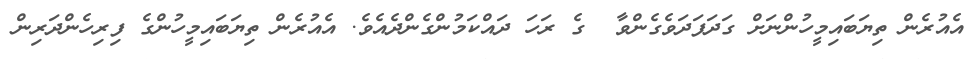
އެއުރެން ތިޔަބައިމީހުންނަށް ގަދަފަދަވެގެންވާ  ގެ ރަހަ ދައްކަމުންގެންދެއެވެ. އެއުރެން ތިޔަބައިމީހުންގެ ފިރިހެންދަރިން